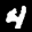
Label: 4